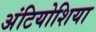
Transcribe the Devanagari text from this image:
अंटियोशिया